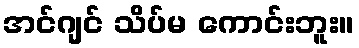
အင်ဂျင် သိပ်မ ကောင်းဘူး။